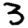
Digit: 3